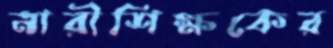
নারীশিক্ষকের